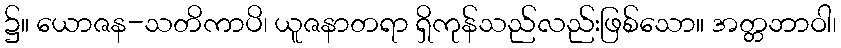
၌။ ယောဇန-သတိကာပိ၊ ယူဇနာတရာ ရှိကုန်သည်လည်းဖြစ်သော။ အတ္တဘာဝါ၊